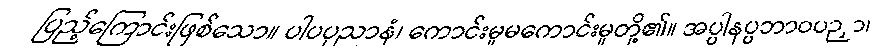
ပြည့်ကြောင်းဖြစ်သော။ ပါပပုညာနံ၊ ကောင်းမှုမကောင်းမှုတို့၏။ အပ္ပါနပ္ပဘာဝပဉှာ၊